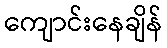
ကျောင်းနေချိန်